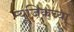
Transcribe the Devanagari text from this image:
म्यूज़िकच्या